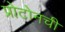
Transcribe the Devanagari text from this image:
प्रोटोनची